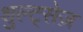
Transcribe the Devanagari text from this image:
शुल्ट्सेज़